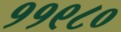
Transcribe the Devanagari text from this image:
११९८०